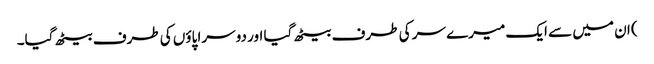
) ان میں سے ایک میرے سر کی طرف بیٹھ گیا اور دوسرا پاؤں کی طرف بیٹھ گیا۔